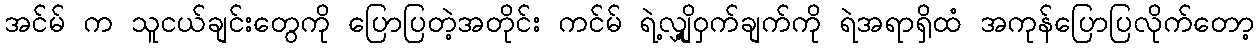
အင်မ် က သူငယ်ချင်းတွေကို ပြောပြတဲ့အတိုင်း ကင်မ် ရဲ့လျှို့ဝှက်ချက်ကို ရဲအရာရှိထံ အကုန်ပြောပြလိုက်တော့